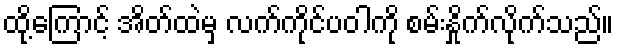
ထို့ကြောင့် အိတ်ထဲမှ လက်ကိုင်ပဝါကို စမ်းနှိုက်လိုက်သည်။